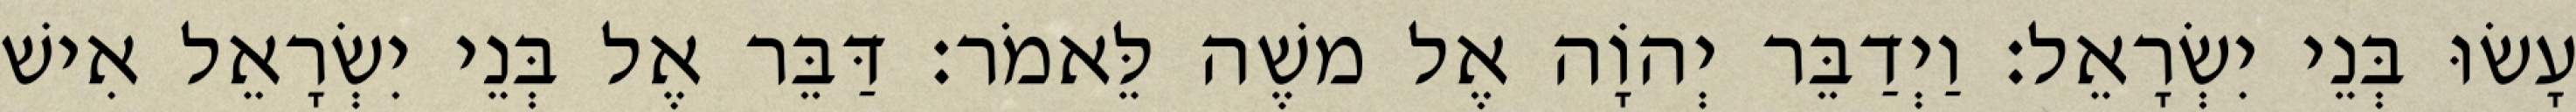
עָשׂוּ בְּנֵי יִשְׂרָאֵל׃ וַיְדַבֵּר יְהוָֹה אֶל משֶׁה לֵּאמֹר׃ דַּבֵּר אֶל בְּנֵי יִשְׂרָאֵל אִישׁ